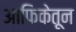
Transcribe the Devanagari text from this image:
आफिकेतून